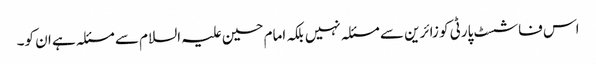
اس فاشسٹ پارٹی کو زائرین سے مسئلہ نہیں بلکہ امام حسین علیہ السلام سے مسئلہ ہے ان کو۔